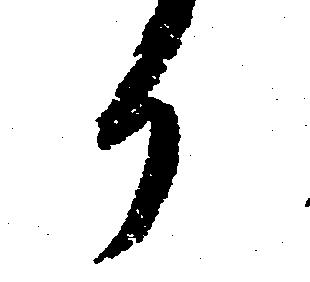
か